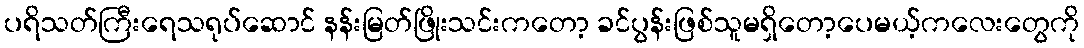
ပရိသတ်ကြီးရေသရုပ်ဆောင် နန်းမြတ်ဖြိုးသင်းကတော့ ခင်ပွန်းဖြစ်သူမရှိတော့ပေမယ့်ကလေးတွေကို